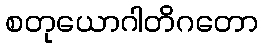
စတုယောဂါတိဂတော